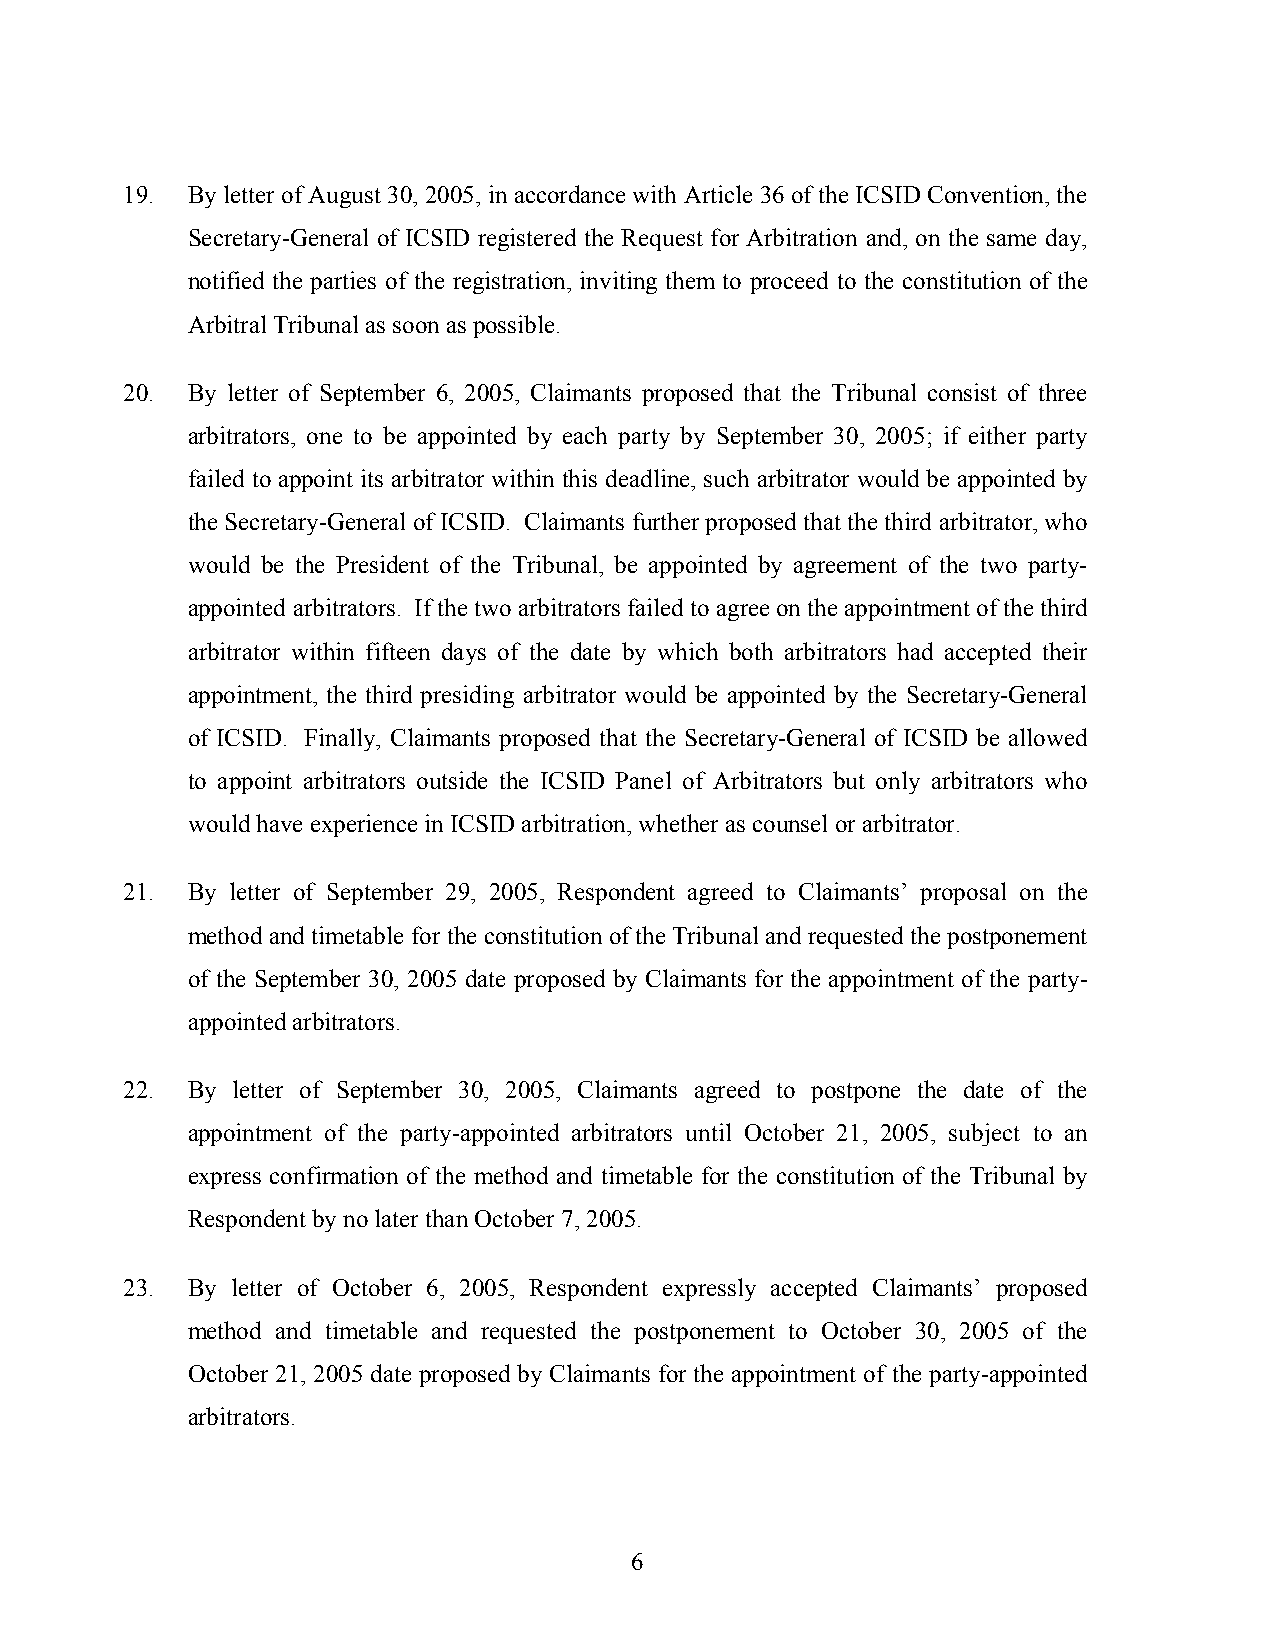
19. By letter of August 30, 2005, in accordance with Article 36 of the ICSID Convention, the
 Secretary-General of ICSID registered the Request for Arbitration and, on the same day,
 notified the parties of the registration, inviting them to proceed to the constitution of the
 Arbitral Tribunal as soon as possible.
 20. By letter of September 6, 2005, Claimants proposed that the Tribunal consist of three
 arbitrators, one to be appointed by each party by September 30, 2005; if either party
 failed to appoint its arbitrator within this deadline, such arbitrator would be appointed by
 the Secretary-General of ICSID. Claimants further proposed that the third arbitrator, who
 would be the President of the Tribunal, be appointed by agreement of the two party-
 appointed arbitrators. If the two arbitrators failed to agree on the appointment of the third
 arbitrator within fifteen days of the date by which both arbitrators had accepted their
 appointment, the third presiding arbitrator would be appointed by the Secretary-General
 of ICSID. Finally, Claimants proposed that the Secretary-General of ICSID be allowed
 to appoint arbitrators outside the ICSID Panel of Arbitrators but only arbitrators who
 would have experience in ICSID arbitration, whether as counsel or arbitrator.
 21. By letter of September 29, 2005, Respondent agreed to Claimants’ proposal on the
 method and timetable for the constitution of the Tribunal and requested the postponement
 of the September 30, 2005 date proposed by Claimants for the appointment of the party-
 appointed arbitrators.
 22. By letter of September 30, 2005, Claimants agreed to postpone the date of the
 appointment of the party-appointed arbitrators until October 21, 2005, subject to an
 express confirmation of the method and timetable for the constitution of the Tribunal by
 Respondent by no later than October 7, 2005.
 23. By letter of October 6, 2005, Respondent expressly accepted Claimants’ proposed
 method and timetable and requested the postponement to October 30, 2005 of the
 October 21, 2005 date proposed by Claimants for the appointment of the party-appointed
 arbitrators.
 6